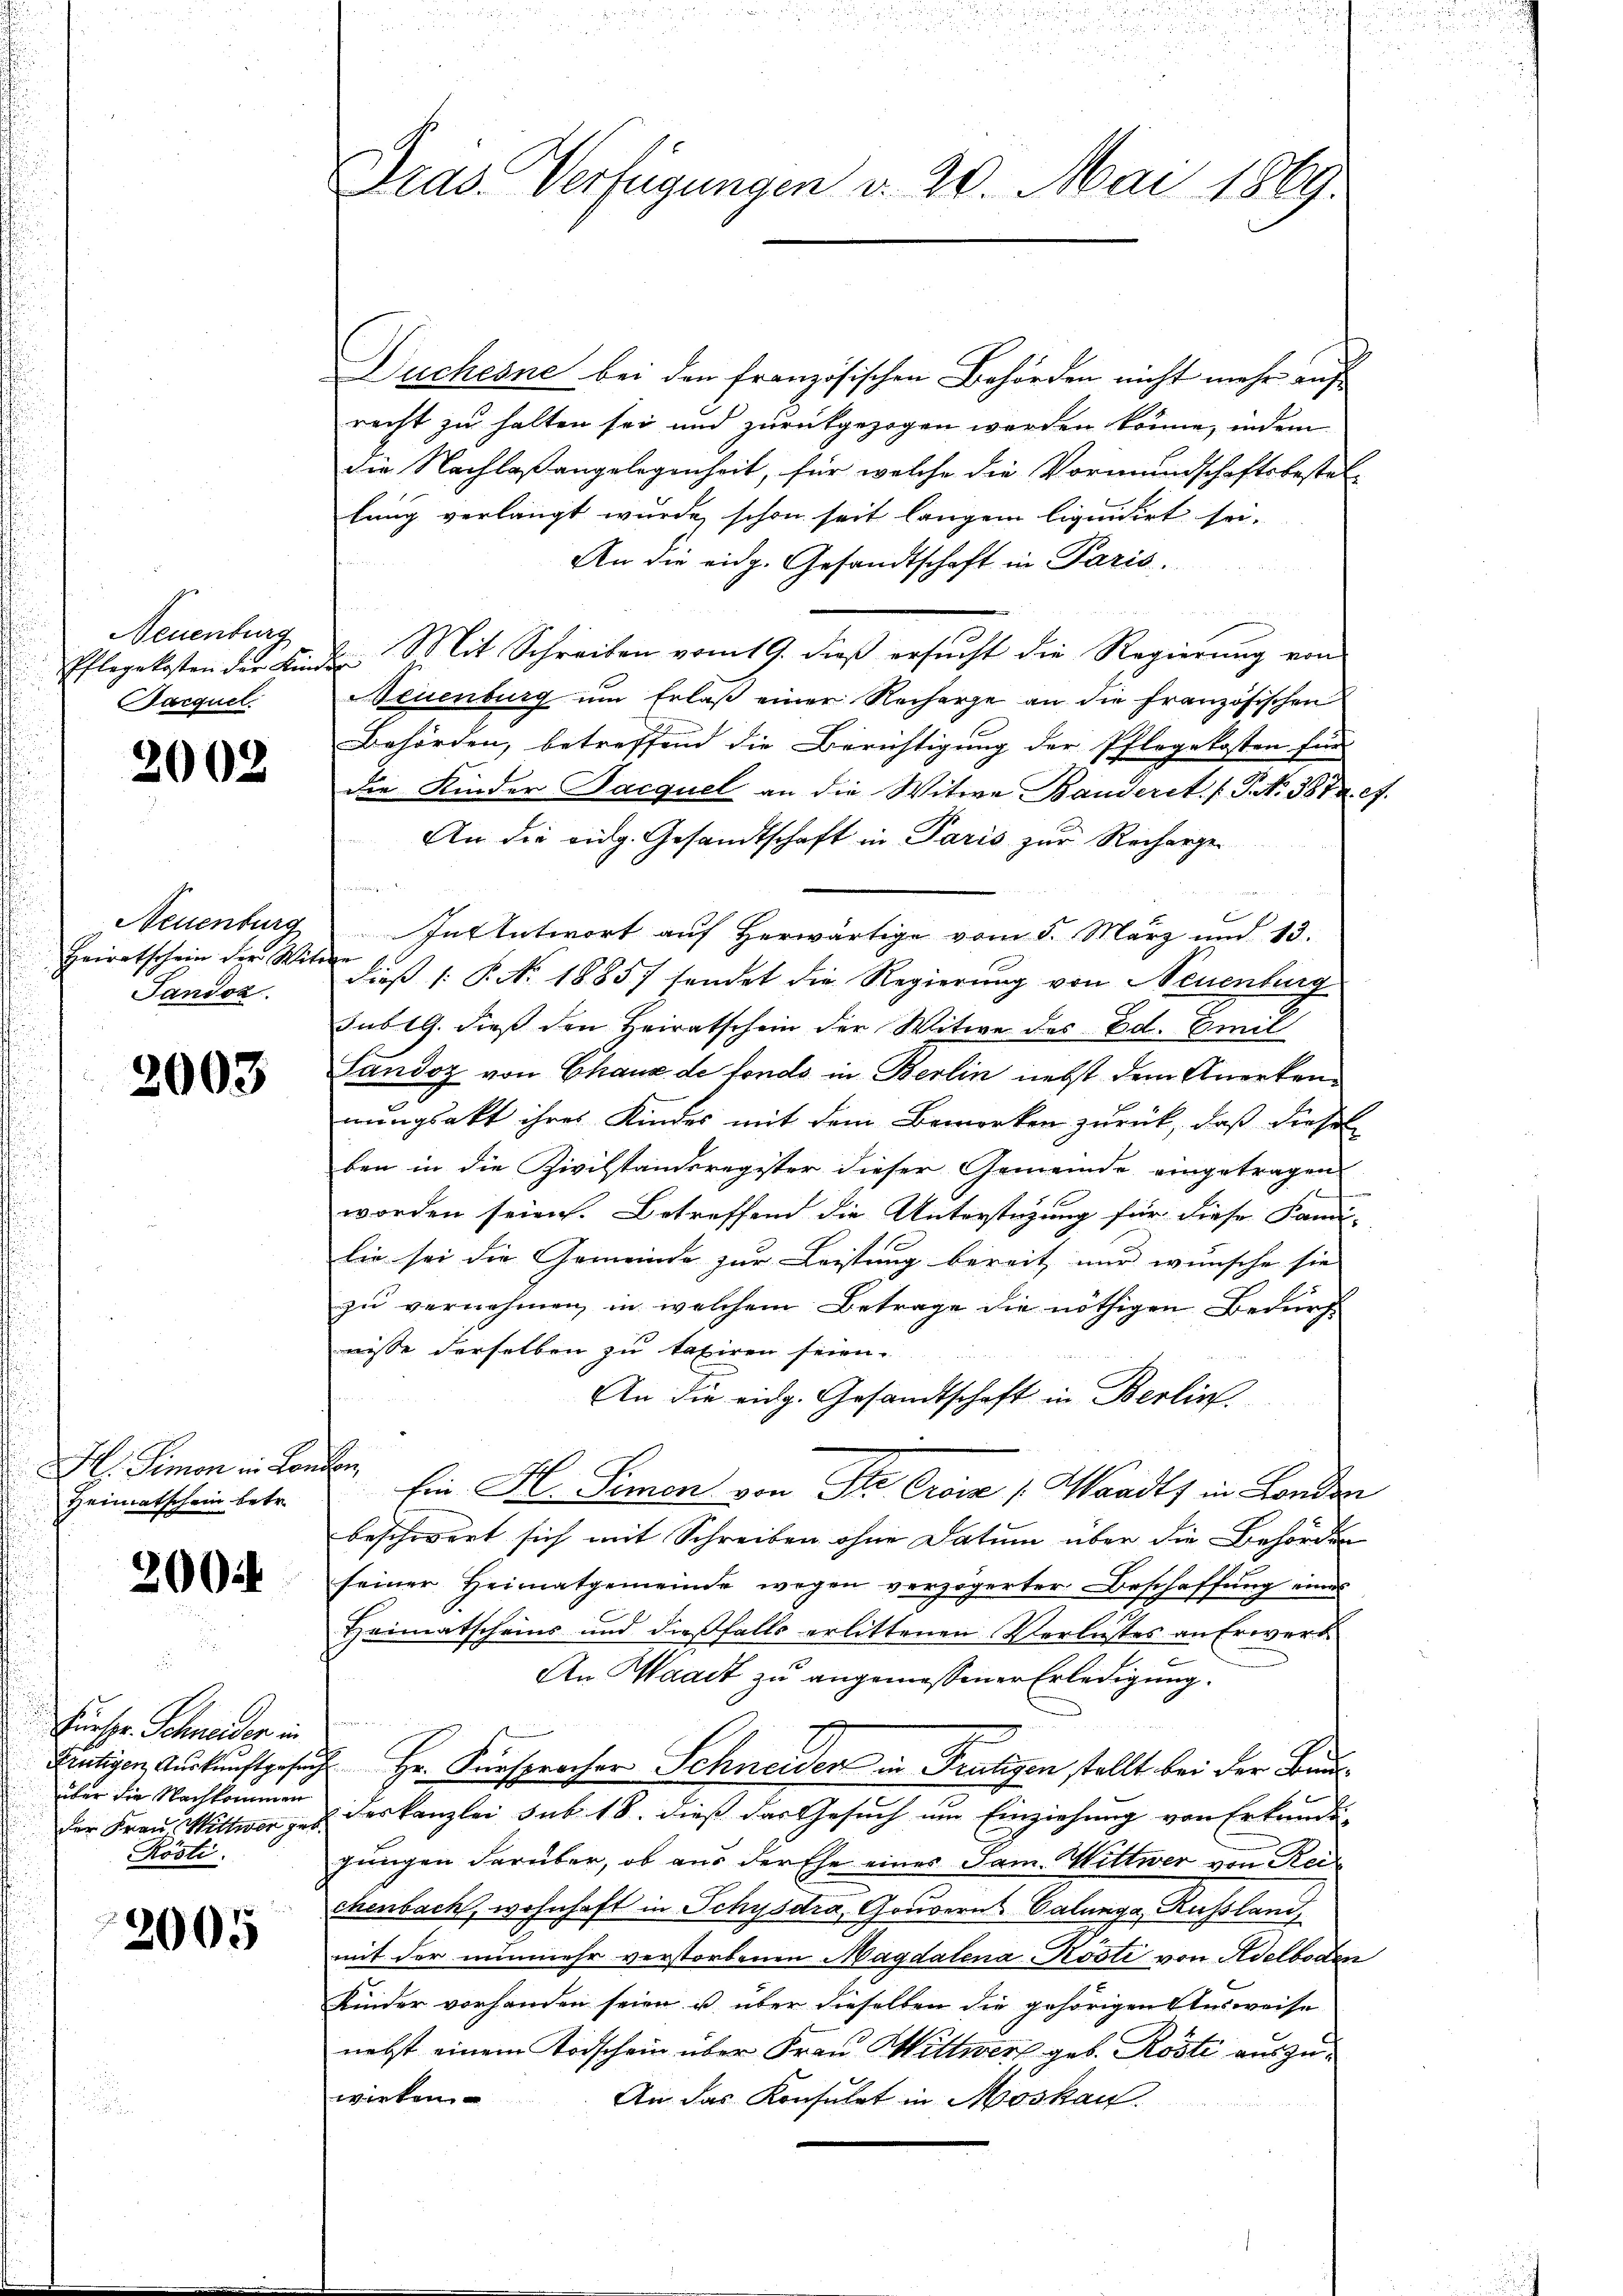
Neuenburg
Pflegekosten der Kind
Garquel

2002

Neuenburg
Heiratschein der Wit-
Tandoz

2003

H. Simon in Lon
Heimatschein betr.

300

Fürspr. Schneiden in
Frutigen Auskunftgesuch
über die Nachkommen
der Frau Wittwer geb.
Rösti.

2005

Dras Verfügungen d. 20. Mai 1869.

Duchesne bei den französischen Behörden nicht mehr auf
recht zu halten sei und zurückgezogen werden könne, indem
die Nachlaßangelegenheit, für welche die Vormundschaftsbestel-
lung verlangt wurde, schon seit langem liquidirt sei.
An die eidg. Gesandtschaft in Paris.
I. Mit Schreiben vom 19. dβ ersŭcht die Regierŭng von
NNeuenburg um Erlaß einer Recharge an die französischen
Behörden, betreffend die Berichtigung der Pflegekosten für
die Kinder Jacquel an die Witwe Banderet. (T. N. 387. 17.
An die eidg. Gesandtschaft in Paris zur Recharge
u
6
In Antwort auf herwärtige vom 8. März und 13.
.
dieß P. Nr. 1885/ sendet die Regierung von Neuenburg
sub 19. dieß den Heiratschein der Witwe des Ed. Emil
Landoz von Chaus de fonds in Berlin nebst dem Anerken
nungsakt ihres Kindes mit dem Bemerken zurück, daß dieses
ben in die Zivilstandsregister dieser Gemeinde eingetragen
worden seien. Betreffend die Unterstüzung für diese Kandi-
lie sei die Gemeinde zur Leistung bereit nur wünsche sie
zu vernehmen in welchem Betrage die nöthigen Bedürf
nisse derselben zu taxiren seien.
An die eidg. Gesandtschaft in Berlin
b
Ein H. Simon von Str. Croie (Waadt in London
beschwert sich mit Schreiben ohne Datum über die Behörden
seiner Heimatgemeinde wegen verzögerter Beschaffung eines
Heimatscheins und dießfalls erlittenen Verlustes an Erwert
An Waadt zu angemessener Erledigung.
e
1. Hr. Fürsprocher Schneiden in Frutigen stellt bei der Bundeskanzlei sub. 18. dieß das Gesuch um Einziehung von Erkunde
gungen darüber, ob aus der Ehe eines Jam. Wittwer von Rei
chenbach, wohnhaft in Schysdra, Gouverns Calunga Russland,
mit der nunmehr verstorbenen Magdalena Kosti von Adelboden
Kinder vorhanden seien u. über dieselben die gehörigen Ausweise
nebst einem Todschein über Frau Mittwerf geb. Röste auszuwirken
An das Konsulat in Moskau